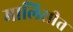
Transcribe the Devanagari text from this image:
मालिसीत